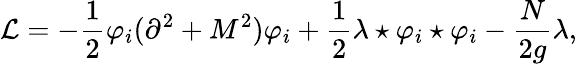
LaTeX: {\cal L}=-\frac 12\varphi_{i}(\partial^{2}+M^{2})\varphi_{i}+\frac 12\lambda\star\varphi_{i}\star\varphi_{i}-\frac{N}{2g}\lambda,